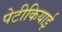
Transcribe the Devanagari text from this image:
पेटीकियाई